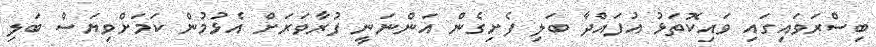
ބިސްރަވައިގައި ވައިކޮތަޅު އުފައްދާ ބަލި ފެށިގެން އަންނަނީ ފުރާވަރަށް އެޅުމުން ކަމަށްވިޔަސް ބަލި